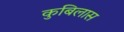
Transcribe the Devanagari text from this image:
कुबिलास